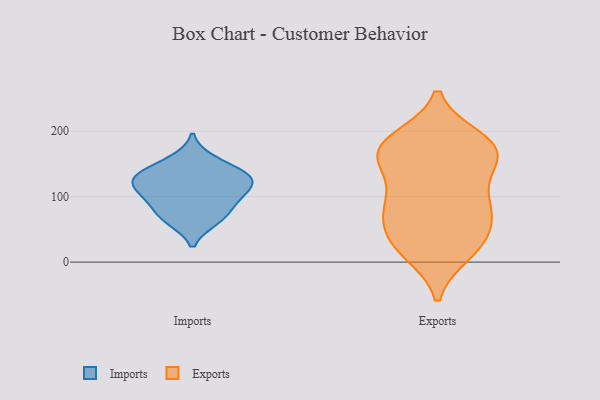
{"axis": {"x": "Temperature (°C)", "y": "Value"}, "legend": ["Exports", "Imports"], "data": [{"x": "", "y": 100, "type": "Imports"}, {"x": "", "y": 109, "type": "Imports"}, {"x": "", "y": 125, "type": "Imports"}, {"x": "", "y": 156, "type": "Imports"}, {"x": "", "y": 68, "type": "Imports"}, {"x": "", "y": 125, "type": "Imports"}, {"x": "", "y": 64, "type": "Imports"}, {"x": "", "y": 136, "type": "Imports"}, {"x": "", "y": 89, "type": "Imports"}, {"x": "", "y": 131, "type": "Imports"}, {"x": "", "y": 48, "type": "Exports"}, {"x": "", "y": 69, "type": "Exports"}, {"x": "", "y": 169, "type": "Exports"}, {"x": "", "y": 141, "type": "Exports"}, {"x": "", "y": 94, "type": "Exports"}, {"x": "", "y": 76, "type": "Exports"}, {"x": "", "y": 159, "type": "Exports"}, {"x": "", "y": 180, "type": "Exports"}, {"x": "", "y": 163, "type": "Exports"}, {"x": "", "y": 188, "type": "Exports"}, {"x": "", "y": 31, "type": "Exports"}, {"x": "", "y": 97, "type": "Exports"}, {"x": "", "y": 67, "type": "Exports"}, {"x": "", "y": 157, "type": "Exports"}, {"x": "", "y": 14, "type": "Exports"}, {"x": "", "y": 99, "type": "Exports"}, {"x": "", "y": 20, "type": "Exports"}, {"x": "", "y": 19, "type": "Exports"}, {"x": "", "y": 177, "type": "Exports"}, {"x": "", "y": 185, "type": "Exports"}]}